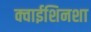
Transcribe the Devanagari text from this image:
क्वाईशिनशा